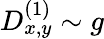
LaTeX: D_{x,y}^{(1)}\sim g